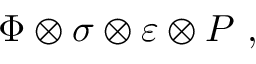
\Phi \otimes \sigma \otimes \varepsilon \otimes P \ ,